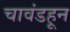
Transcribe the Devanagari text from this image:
चावंडहून